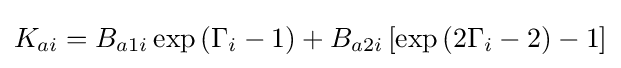
K_{ai}=B_{a1i}\exp \left(\Gamma _{i}-1\right)+B_{a2i}\left[\exp \left(2\Gamma _{i}-2\right)-1\right]